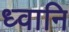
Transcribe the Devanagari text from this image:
ध्वानि